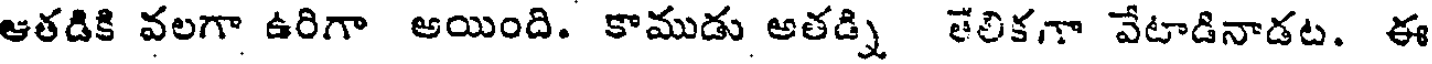
ఆతడికి వలగా ఉరిగా అయింది. కాముడు అతడ్ని తేలికగా వేటాడినాడట. ఈ